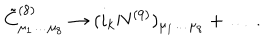
{ \tilde { C } } _ { \mu _ { 1 } \dots \mu _ { 8 } } ^ { ( 8 ) } \rightarrow ( i _ { k } N ^ { ( 9 ) } ) _ { \mu _ { 1 } \dots \mu _ { 8 } } + \dots \, .